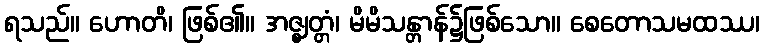
ရသည်။ ဟောတိ၊ ဖြစ်၏။ အဇ္ဈတ္တံ၊ မိမိသန္တာန်၌ဖြစ်သော။ စေတောသမထဿ၊